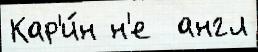
Кар'и́н н'е  англ